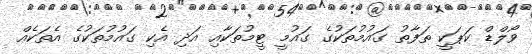
ވޯލްޑް ކަޕަކީ ތަފާތު ގައުމުތަކުގެ ގައުމީ ޓީމުތަކާއި އަދި އެކި ގައުމުތަކުގެ އެތަކެއް